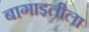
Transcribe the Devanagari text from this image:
बागाइतीला